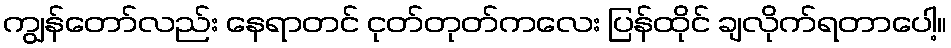
ကျွန်တော်လည်း နေရာတင် ငုတ်တုတ်ကလေး ပြန်ထိုင် ချလိုက်ရတာပေါ့။